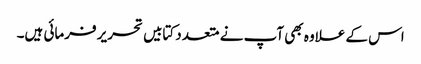
اس کے علاوہ بھی آپ نے متعدد کتابیں تحریر فرمائی ہیں۔